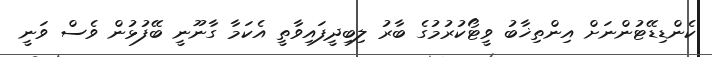
ކެންޑިޑޭޓުންނަށް އިންތިޚާބު ވީޓޯކުރުމުގެ ބާރު ލިބިދީފައިވާތީ އެކަމާ ގާނޫނީ ބޭފުޅުން ވެސް ވަނީ